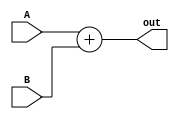
module Adder#(parameter N = 1024) (A, B, out);

	input signed [7:0] A;
	input signed [(N+7):0] B;
	output reg signed [N+7:0] out = 0;

	always@(*) begin
		
		out <= A + B ;

	end
endmodule